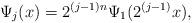
LaTeX: \begin{align*}\Psi_j(x)=2^{(j-1)n}\Psi_1(2^{(j-1)}x),\quad\end{align*}